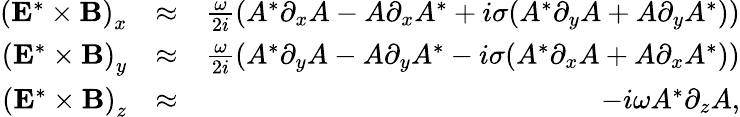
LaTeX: \begin{array}{rlr}{\left({\mathbf E}^{*}\times{\mathbf B}\right)_{x}}&{\approx}&{\frac{\omega}{2i}\left(A^{*}\partial_{x}A-A\partial_{x}A^{*}+i\sigma(A^{*}\partial_{y}A+A\partial_{y}A^{*})\right)}\\ {\left({\mathbf E}^{*}\times{\mathbf B}\right)_{y}}&{\approx}&{\frac{\omega}{2i}\left(A^{*}\partial_{y}A-A\partial_{y}A^{*}-i\sigma(A^{*}\partial_{x}A+A\partial_{x}A^{*})\right)}\\ {\left({\mathbf E}^{*}\times{\mathbf B}\right)_{z}}&{\approx}&{-i\omega A^{*}\partial_{z}A,}\end{array}